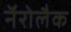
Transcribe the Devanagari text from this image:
नॅरोलैक